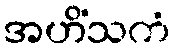
အဟိံသကံ